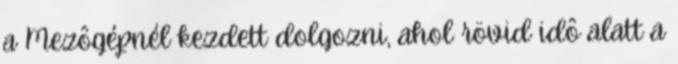
a Mezôgépnél kezdett dolgozni, ahol rövid idô alatt a